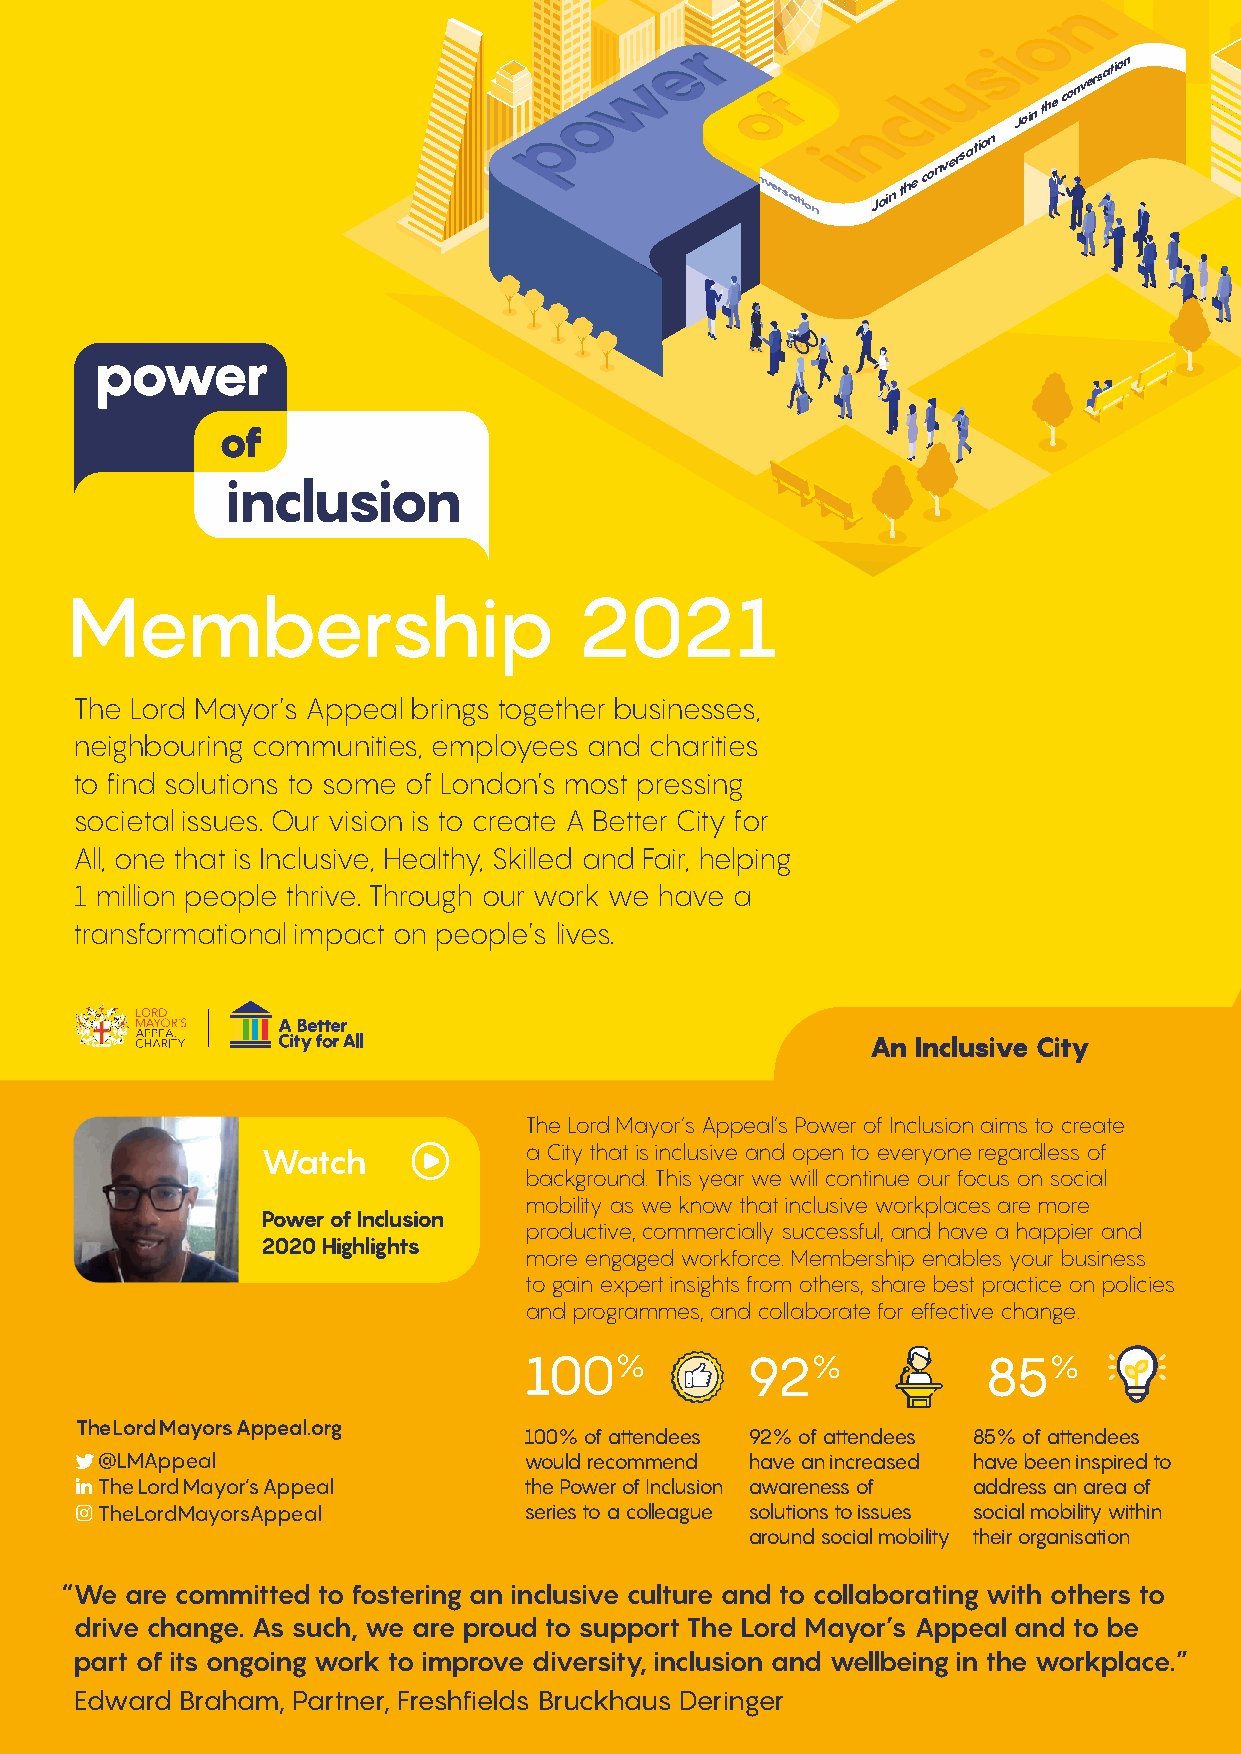
Join
 the conversation
 Membership                        2021
 The Lord Mayor’s Appeal brings together businesses,
 neighbouring communities, employees and charities
 to find solutions to some of London’s most pressing
 societal issues. Our vision is to create A Better City for
 All, one that is Inclusive, Healthy, Skilled and Fair, helping
 1 million people thrive. Through our work we have a
 transformational impact on people’s lives.
 An  Inclusive City
 The Lord Mayor’s Appeal’s Power of Inclusion aims to create
 a City that is inclusive and open to everyone regardless of
 Watch
 background. This year we will continue our focus on social
 mobility as we know that inclusive workplaces are more
 Power of Inclusion
 productive, commercially successful, and have a happier and
 2020 Highlights
 more engaged workforce. Membership enables your business
 to gain expert insights from others, share best practice on policies
 and programmes, and collaborate for effective change.
 100%          92%             85%
 TheLordMayorsAppeal.org
 100% of attendees 92% of attendees 85% of attendees
 @LMAppeal                    would recommend have an increased have been inspired to
 The Lord Mayor’s Appeal     the Power of Inclusion awareness of address an area of
 TheLordMayorsAppeal         series to a colleague solutions to issues social mobility within
 around social mobility their organisation
 “ We are committed to fostering an inclusive culture and to collaborating with others to
 drive change. As such, we are proud to support The Lord Mayor’s Appeal and to be
 part of its ongoing work to improve diversity, inclusion and wellbeing in the workplace.”
 Edward Braham, Partner, Freshfields Bruckhaus Deringer
 J o ni
 ht e
 oc n v e
 asr oit n
 oJ ni
 ht e
 oc
 vn e
 asr
 oit n